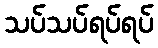
သပ်သပ်ရပ်ရပ်